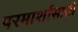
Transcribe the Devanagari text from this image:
परमार्शासाठी